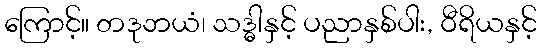
ကြောင့်။ တဒုဘယံ၊ သဒ္ဓါနှင့် ပညာနှစ်ပါး, ဝီရိယနှင့်